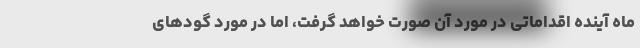
ماه آینده اقداماتی در مورد آن صورت خواهد گرفت، اما در مورد گودهای